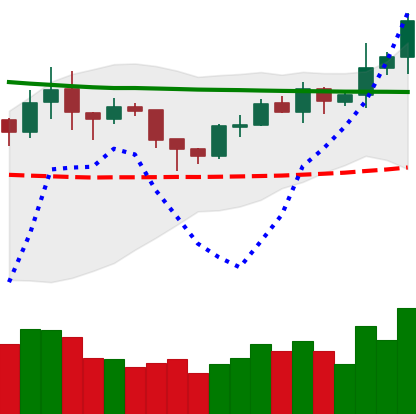
Ticker: XRP-USD
Chart end date: 2020-02-04
Forward return: 5.865%
Label: up_5_7